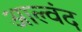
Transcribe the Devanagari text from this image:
आल्वंद